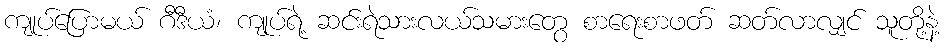
ကျုပ်ပြောမယ် ဂီဒီယံ၊ ကျုပ်ရဲ့ ဆင်းရဲသားလယ်သမားတွေ စာရေးစာဖတ် ဆတ်လာလျှင် သူတို့နဲ့